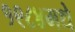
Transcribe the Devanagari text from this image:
१९८४मधे